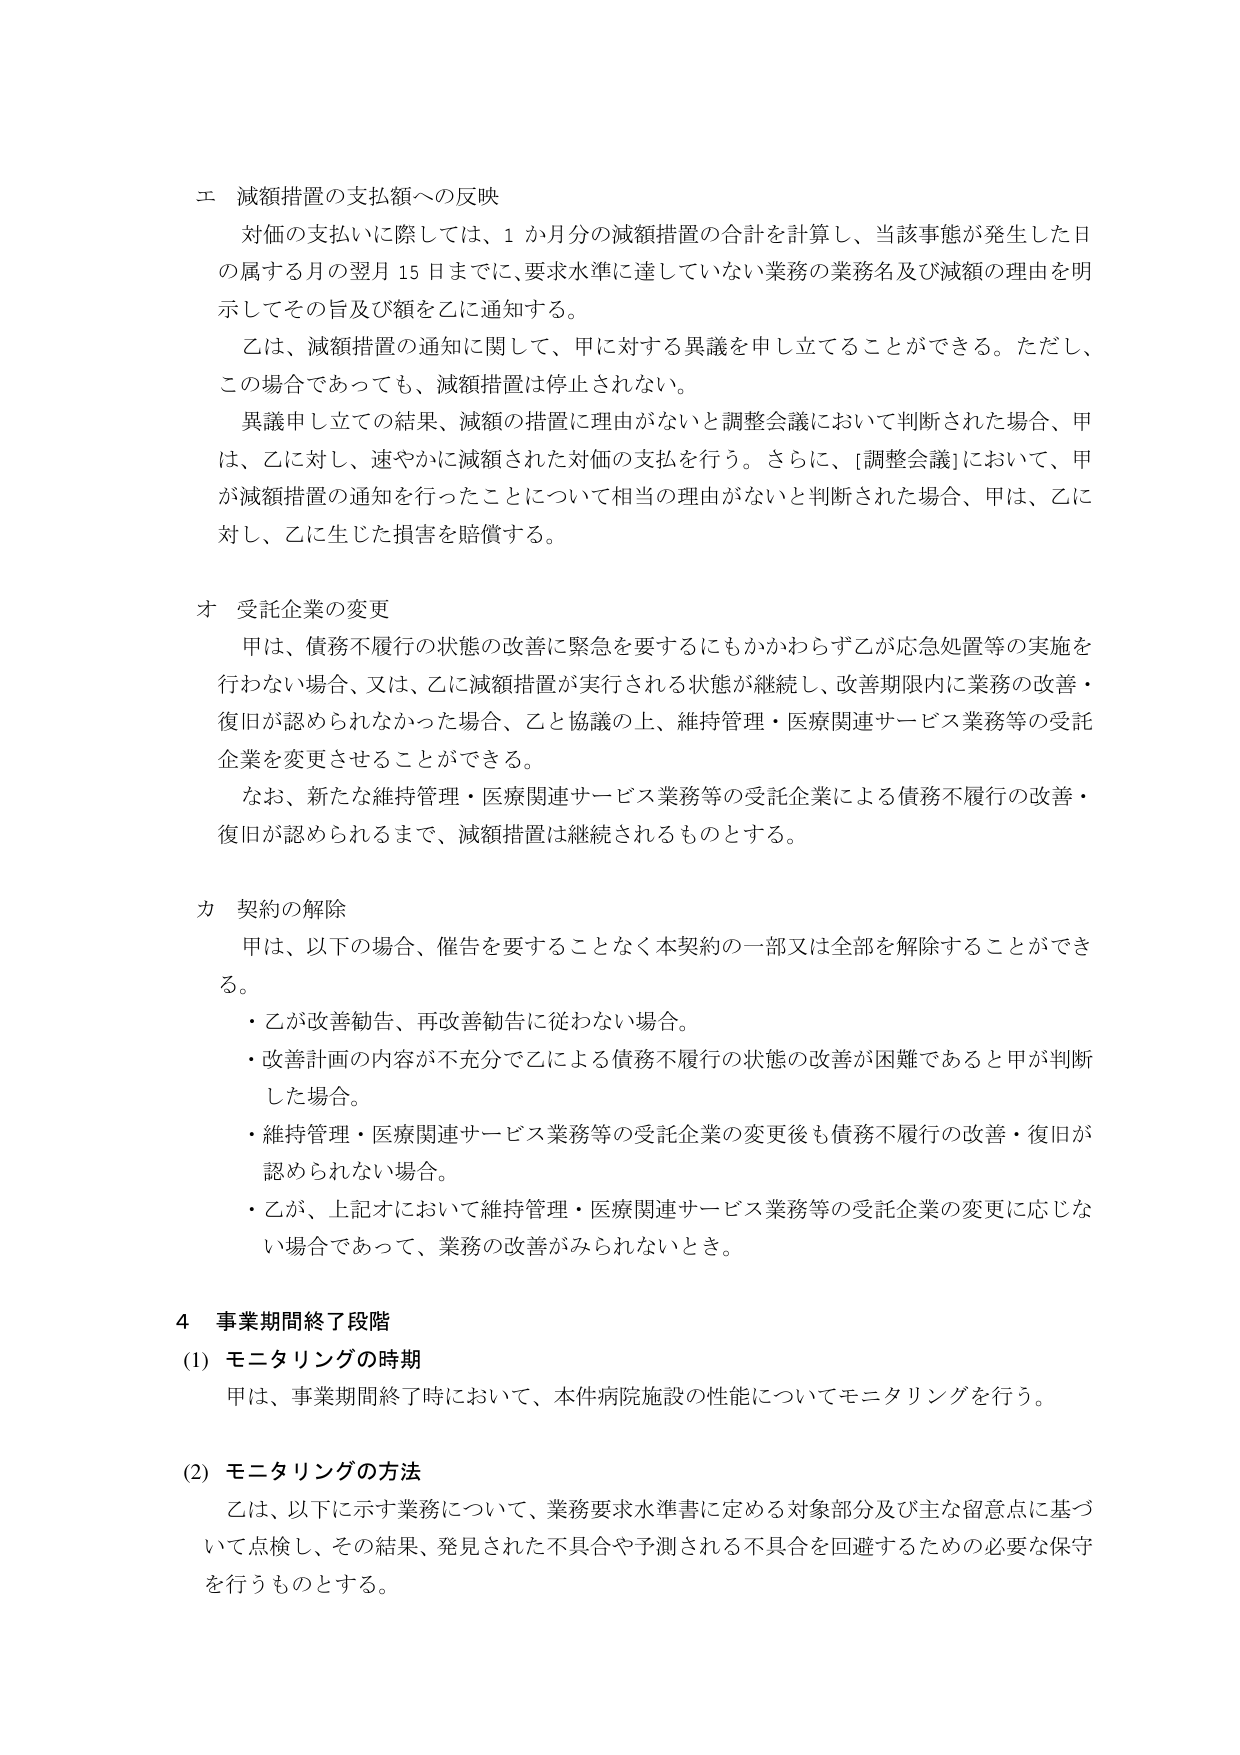
エ 減額措置の支払額への反映
対価の支払いに際しては、1か月分の減額措置の合計を計算し、当該事態が発生した日の属する月の翌月15日までに、要求水準に達していない業務の業務名及び減額の理由を明示してその旨及び額を乙に通知する。
乙は、減額措置の通知に関して、甲に対する異議を申し立てることができる。ただし、この場合であっても、減額措置は停止されない。
異議申し立ての結果、減額の措置に理由がないと調整会議において判断された場合、甲は、乙に対し、速やかに減額された対価の支払を行う。さらに、[調整会議]において、甲が減額措置の通知を行ったことについて相当の理由がないと判断された場合、甲は、乙に対し、乙に生じた損害を賠償する。

オ 受託企業の変更
甲は、債務不履行の状態の改善に緊急を要するにもかかわらず乙が応急処置等の実施を行わない場合、又は、乙に減額措置が実行される状態が継続し、改善期限内に業務の改善・復旧が認められなかった場合、乙と協議の上、維持管理・医療関連サービス業務等の受託企業を変更させることができる。
なお、新たな維持管理・医療関連サービス業務等の受託企業による債務不履行の改善・復旧が認められるまで、減額措置は継続されるものとする。

カ 契約の解除
甲は、以下の場合、催告を要することなく本契約の一部又は全部を解除することができる。
・乙が改善勧告、再改善勧告に従わない場合。
・改善計画の内容が不充分で乙による債務不履行の状態の改善が困難であると甲が判断した場合。
・維持管理・医療関連サービス業務等の受託企業の変更後も債務不履行の改善・復旧が認められない場合。
・乙が、上記オにおいて維持管理・医療関連サービス業務等の受託企業の変更に応じない場合であって、業務の改善がみられないとき。

4 事業期間終了段階
(1) モニタリングの時期
甲は、事業期間終了時において、本件病院施設の性能についてモニタリングを行う。

(2) モニタリングの方法
乙は、以下に示す業務について、業務要求水準書に定める対象部分及び主な留意点に基づいて点検し、その結果、発見された不具合や予測される不具合を回避するための必要な保守を行うものとする。